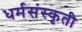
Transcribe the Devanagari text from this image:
धर्मसंस्कृती